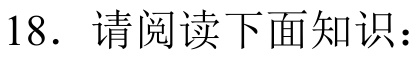
18. 请阅读下面知识：